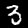
Label: 3